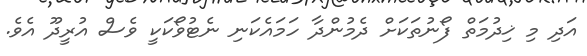
އަދި މި ޚިދުމަތް ފޯނުތަކަށް ދެމުންދާ ހަމައެކަނި ނެޓުވޯކަކީ ވެސް އުރީދޫ އެވެ.